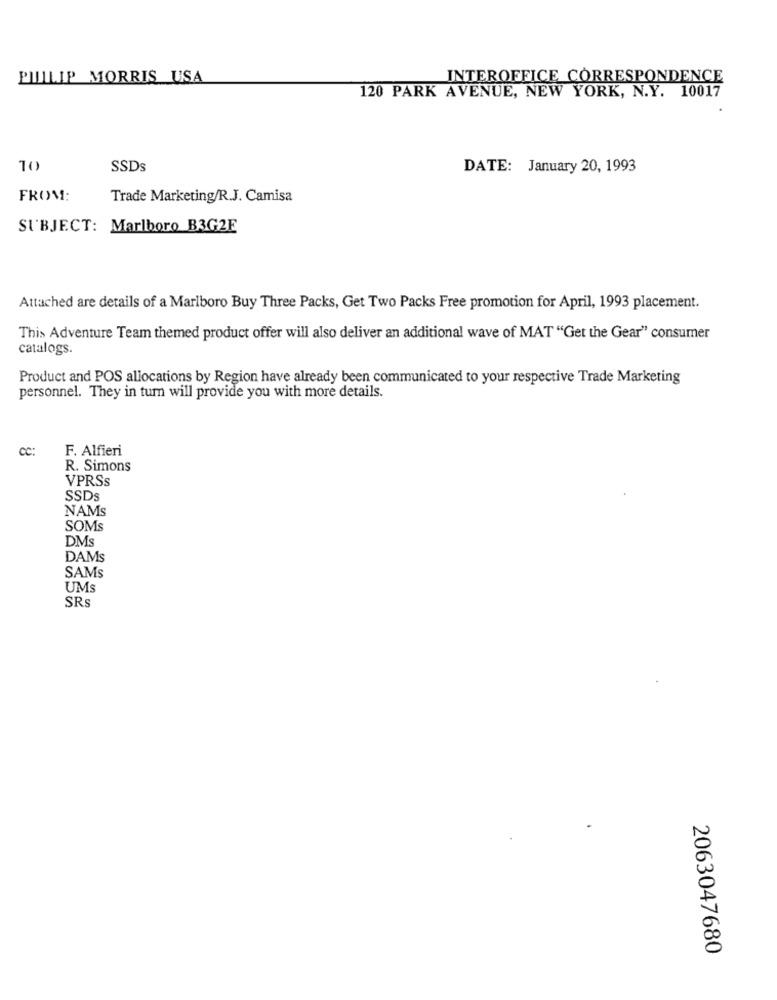
PHILIP MORRIS USA
INTEROFFICE CORRESPONDENCE
120 PARK AVENUE, NEW YORK, N.Y. 10017
10
SSDs
DATE: January 20, 1993
FROM:
Trade Marketing/R.J. Camisa
SUBJECT: Marlboro B3G2F
Attached are details of a Marlboro Buy Three Packs, Get Two Packs Free promotion for April, 1993 placement.
This Adventure Team themed product offer will also deliver an additional wave of MAT "Get the Gear" consumer
catalogs.
Product and POS allocations by Region have already been communicated to your respective Trade Marketing
personnel. They in turn will provide you with more details.
CC:
F. Alfieri
R. Simons
VPRSs
SSDs
NAMs
SOMS
DMS
DAMS
SAMS
UMs
SRs
2063047680